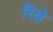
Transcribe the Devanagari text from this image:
रिक्षे